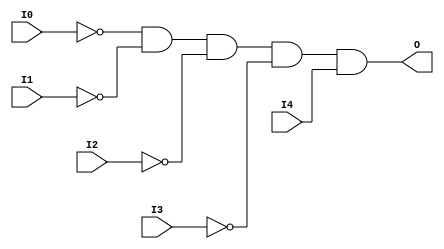
// $Header: /devl/xcs/repo/env/Databases/CAEInterfaces/xec_libs/data/unisims/AND5B4.v,v 1.1 2005/05/10 01:20:03 wloo Exp $

/*

FUNCTION	: 5-INPUT AND GATE

*/

`celldefine
`timescale  100 ps / 10 ps

module AND5B4 (O, I0, I1, I2, I3, I4);

    output O;

    input  I0, I1, I2, I3, I4;

    not N3 (i3_inv, I3);
    not N2 (i2_inv, I2);
    not N1 (i1_inv, I1);
    not N0 (i0_inv, I0);
    and A1 (O, i0_inv, i1_inv, i2_inv, i3_inv, I4);

endmodule